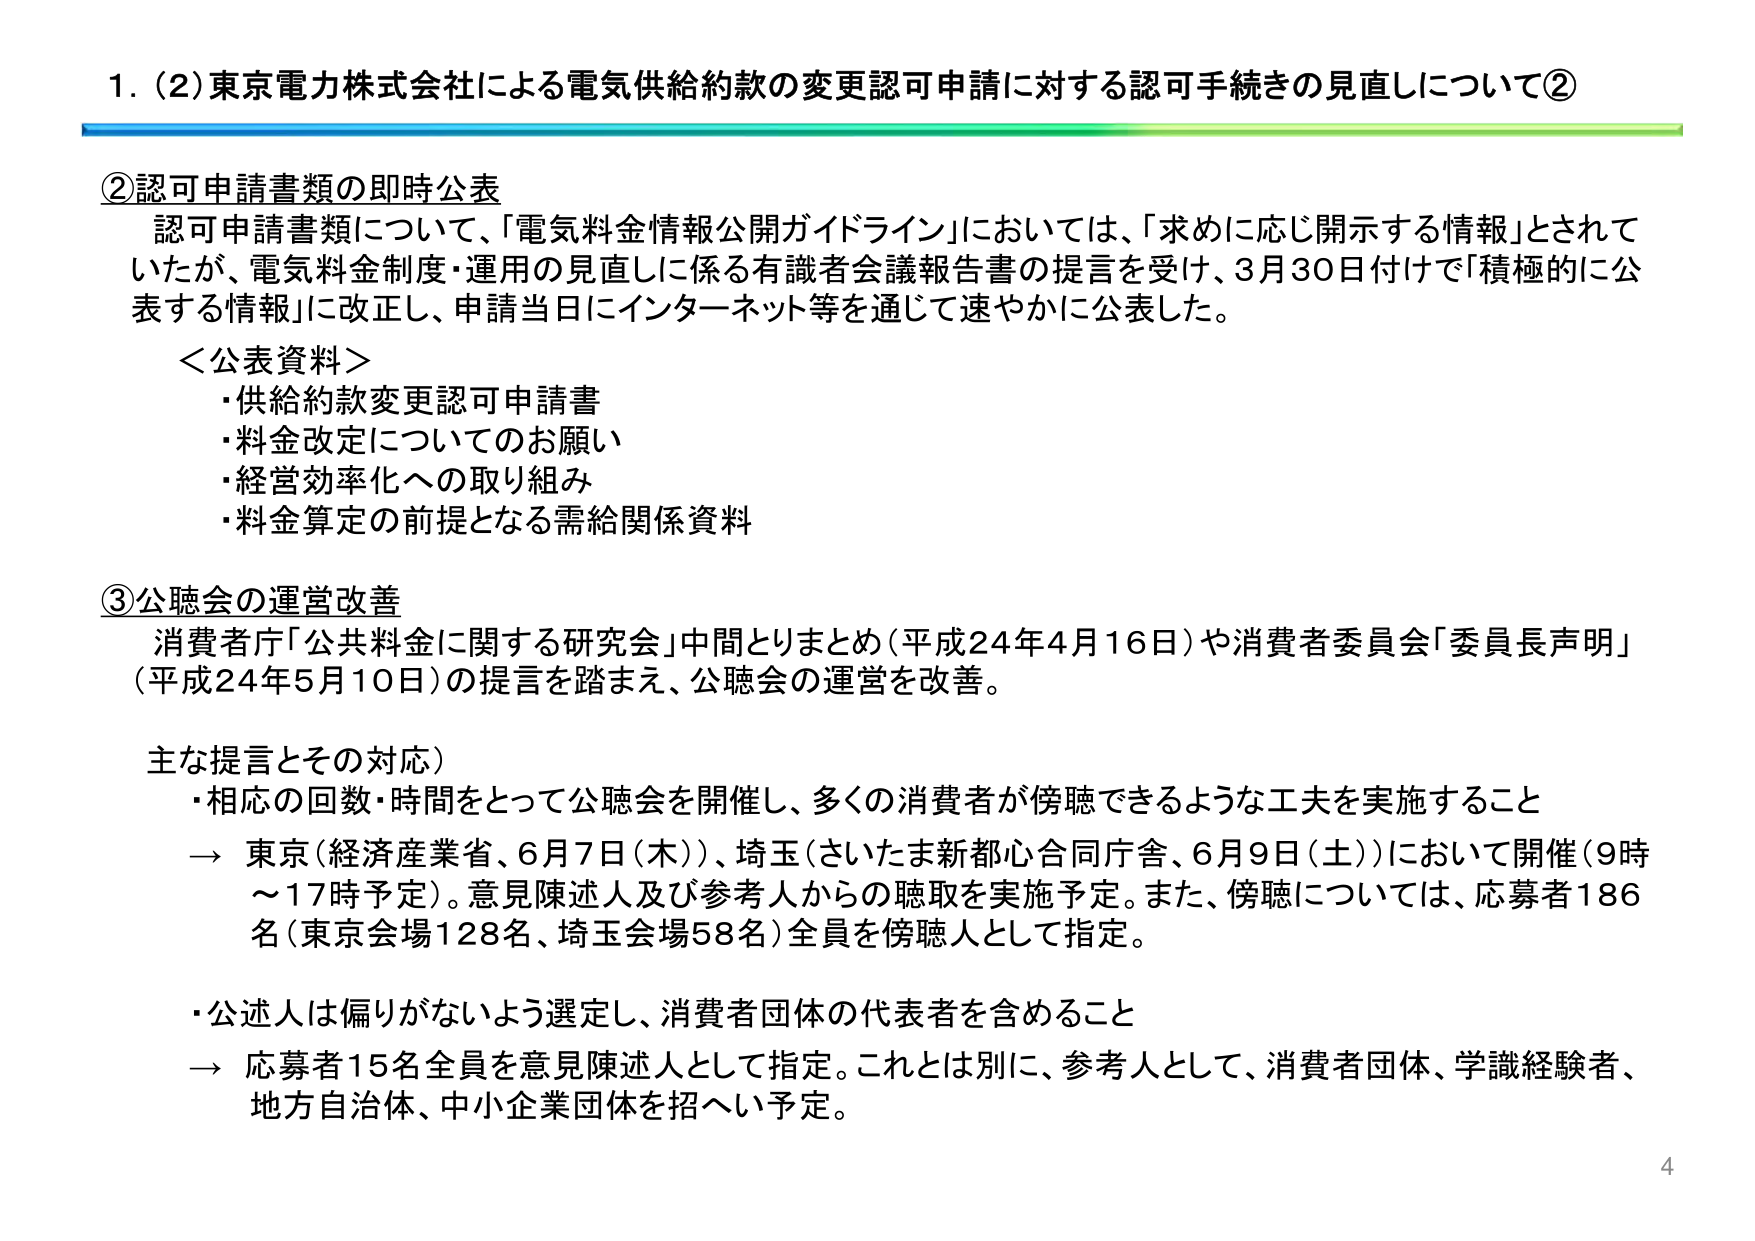
1. (2) 東京電力株式会社による電気供給約款の変更認可申請に対する認可手続きの見直しについて②

②認可申請書類の即時公表
認可申請書類について、「電気料金情報公開ガイドライン」においては、「求めに応じ開示する情報」とされていたが、電気料金制度・運用の見直しに係る有識者会議報告書の提言を受け、3月30日付けで「積極的に公表する情報」に改正し、申請当日にインターネット等を通じて速やかに公表した。

＜公表資料＞
・供給約款変更認可申請書
・料金改定についてのお願い
・経営効率化への取り組み
・料金算定の前提となる需給関係資料

③公聴会の運営改善
消費者庁「公共料金に関する研究会」中間とりまとめ（平成24年4月16日）や消費者委員会「委員長声明」（平成24年5月10日）の提言を踏まえ、公聴会の運営を改善。

主な提言とその対応）
・相応の回数・時間をとって公聴会を開催し、多くの消費者が傍聴できるような工夫を実施すること
→ 東京（経済産業省、6月7日（木））、埼玉（さいたま新都心合同庁舎、6月9日（土））において開催（9時～17時予定）。意見陳述人及び参考人からの聴取を実施予定。また、傍聴については、応募者186名（東京会場128名、埼玉会場58名）全員を傍聴人として指定。

・公述人は偏りがないよう選定し、消費者団体の代表者を含めること
→ 応募者15名全員を意見陳述人として指定。これとは別に、参考人として、消費者団体、学識経験者、地方自治体、中小企業団体を招へい予定。

4